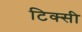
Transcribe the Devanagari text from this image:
टिक्सी